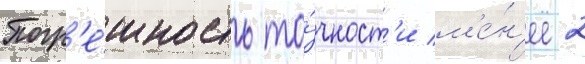
Погр'е́шность то́чност'и м'е́н'ее 2